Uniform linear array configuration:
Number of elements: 64
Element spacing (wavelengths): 1
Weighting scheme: cosine
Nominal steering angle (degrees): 45
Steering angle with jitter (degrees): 45.178
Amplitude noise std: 0.05
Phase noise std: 0.05

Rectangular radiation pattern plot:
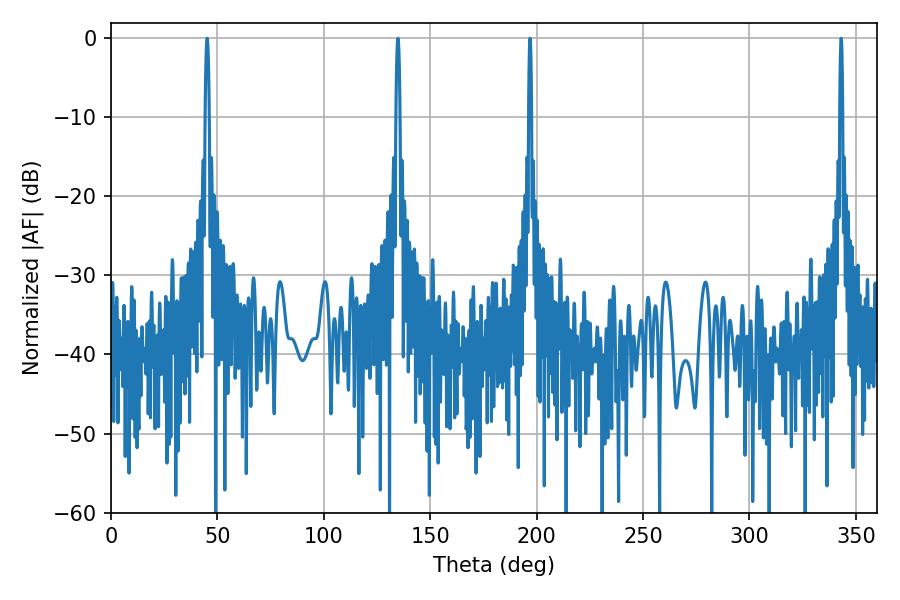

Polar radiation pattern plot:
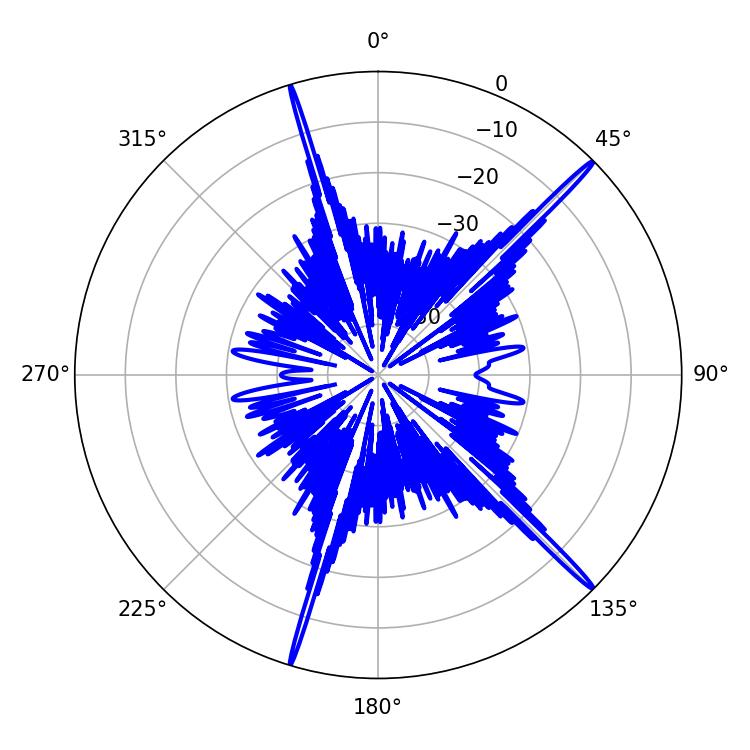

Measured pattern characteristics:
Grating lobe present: TRUE
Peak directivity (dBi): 19.582
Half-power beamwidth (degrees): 1.08
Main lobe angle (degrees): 134.82